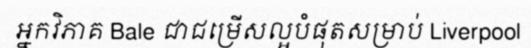
អ្នកវិភាគ Bale ជាជម្រើសល្អបំផុតសម្រាប់ Liverpool